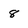
Character: 8